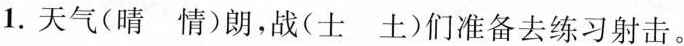
1.天气(晴 情)朗，战(士 土)们准备去练习射击。